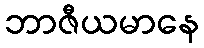
ဘာဇီယမာနေ